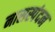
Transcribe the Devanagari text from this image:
नासस्पंदन